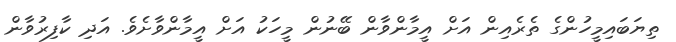
ތިޔަބައިމީހުންގެ ތެރެއިން އަށް އީމާންވާން ބޭނުން މީހަކު އަށް އީމާންވާށެވެ. އަދި ކާފިރުވާން